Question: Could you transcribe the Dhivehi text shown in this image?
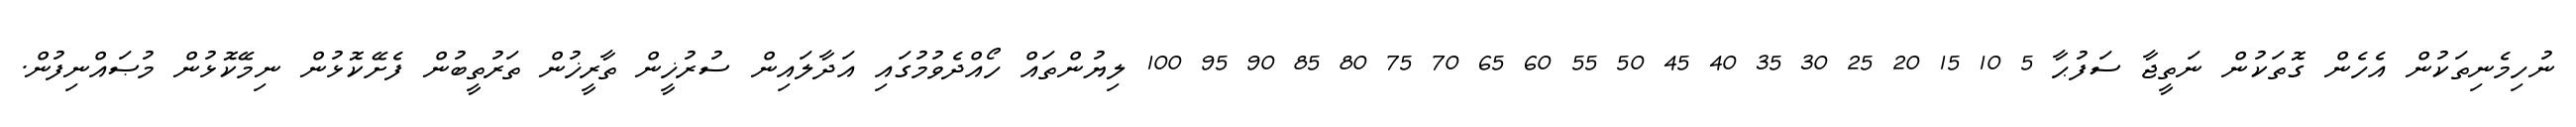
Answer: ނުހިމެނިތަކުން އެހެން ގޮތަކުން ނަތީޖާ ސަފުޙާ 5 10 15 20 25 30 35 40 45 50 55 60 65 70 75 80 85 90 95 100 ލިޔުންތައް ހޯއްދެވުމުގައި އަދާލައިން ސުރުޚީން ތާރީޚުން ތަރުތީބުން ފެށޭކޮޅުން ނިމޭކޮޅުން މުޞައްނިފުން.